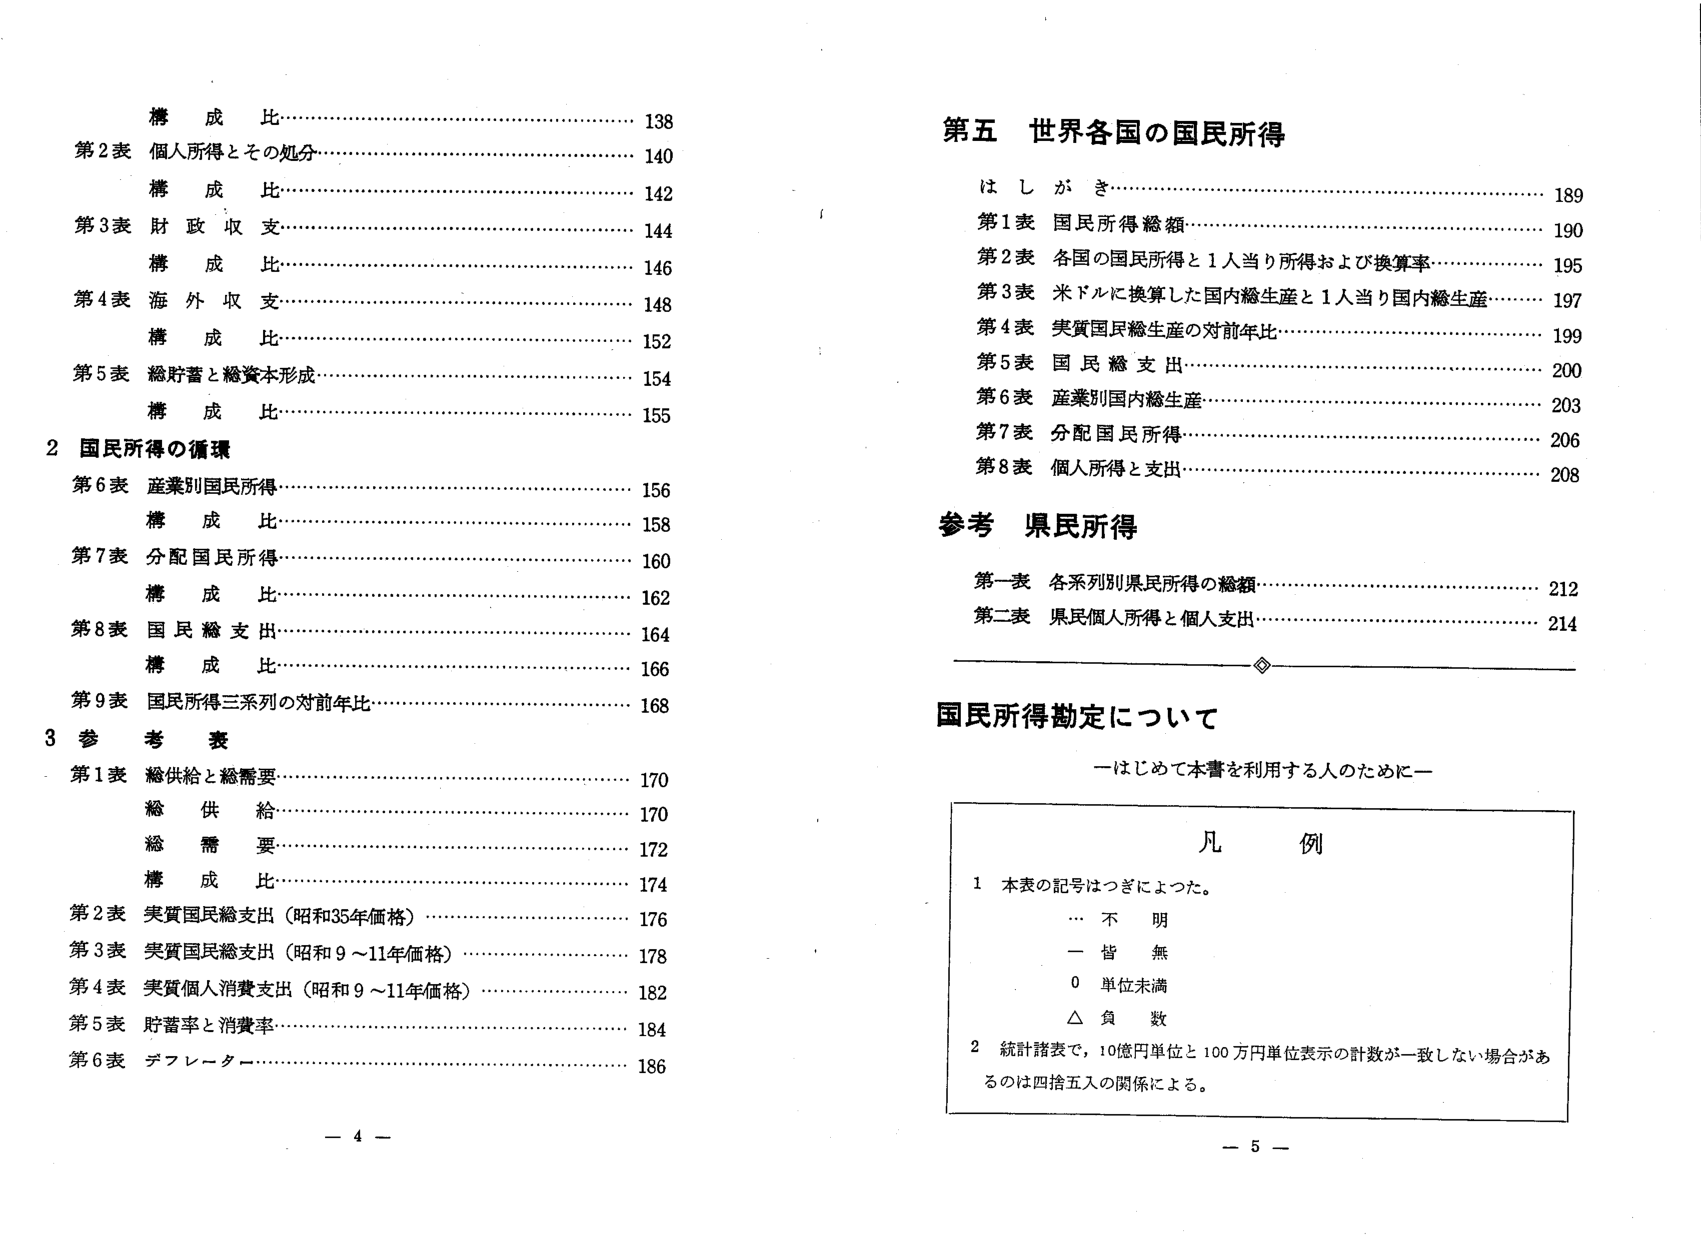
構成比………………………………………………… 138
第2表 個人所得とその処分…………………………………… 140
構成比………………………………………………… 142
第3表 財政収支……………………………………………… 144
構成比………………………………………………… 146
第4表 海外収支……………………………………………… 148
構成比………………………………………………… 152
第5表 総貯蓄と総資本形成…………………………………… 154
構成比………………………………………………… 155
2 国民所得の循環
第6表 産業別国民所得……………………………………… 156
構成比………………………………………………… 158
第7表 分配国民所得……………………………………… 160
構成比………………………………………………… 162
第8表 国民総支出……………………………………… 164
構成比………………………………………………… 166
第9表 国民所得三系列の対前年比…………………………… 168
3 参考表
第1表 総供給と総需要……………………………………… 170
総供給………………………………………………… 170
総需要………………………………………………… 172
構成比………………………………………………… 174
第2表 実質国民総支出（昭和35年価格）…………………… 176
第3表 実質国民総支出（昭和9～11年価格）………………… 178
第4表 実質個人消費支出（昭和9～11年価格）……………… 182
第5表 貯蓄率と消費率……………………………………… 184
第6表 デフレーター……………………………………… 186

第五 世界各国の国民所得
はしがき………………………………………………… 189
第1表 国民所得総額……………………………………… 190
第2表 各国の国民所得と1人当たり所得および換算率………… 195
第3表 ミドルに換算した国内総生産と1人当たり国内総生産…… 197
第4表 実質国民総生産の対前年比…………………………… 199
第5表 国民総支出……………………………………… 200
第6表 産業別国内総生産…………………………………… 203
第7表 分配国民所得……………………………………… 206
第8表 個人所得と支出…………………………………… 208
参考 県民所得
第一表 各系列別県民所得の総額…………………………… 212
第二表 県民個人所得と個人支出…………………………… 214

国民所得勘定について
―はじめて本書を利用する人のために―

凡例
1 本表の記号はつぎによった。
… 不明
－ 皆無
0 単位未満
△ 負数
2 統計諸表で、10億円単位と100万円単位表示の計数が一致しない場合があるのは四捨五入の関係による。

－ 4 －
－ 5 －